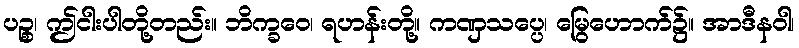
ပဉ္စ၊ ဤငါးပါတို့တည်း။ ဘိက္ခဝေ၊ ရဟန်းတို့။ ကဏှသပ္ပေ၊ မြွေဟောက်၌။ အာဒီနဝါ၊